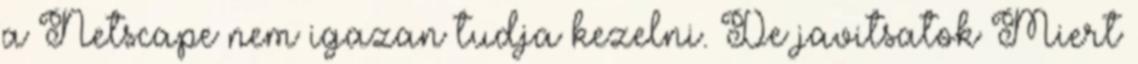
a Netscape nem igazan tudja kezelni. De javitsatok Miert